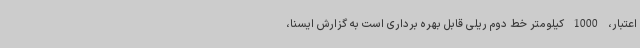
اعتبار، 1000 کیلومتر خط دوم ریلی قابل بهره برداری است به گزارش ایسنا،